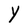
Character: Y